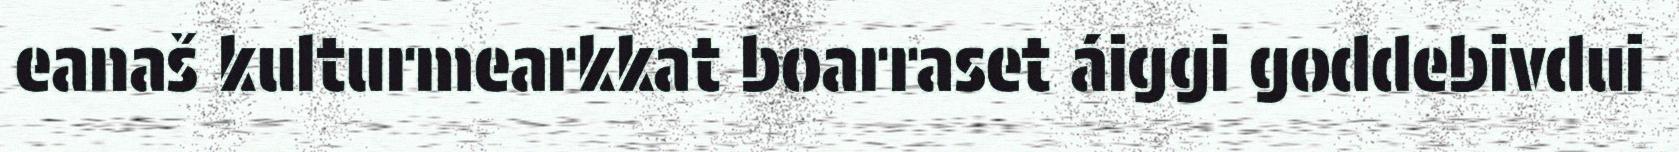
eanaš kulturmearkkat boarraset áiggi goddebivdui